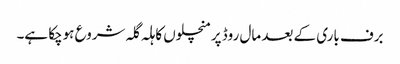
برف باری کے بعد مال روڈ پرمنچلوں کا ہلہ گلہ شروع ہوچکا ہے۔